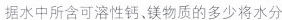
据水中所含可溶性钙、镁物质的多少将水分